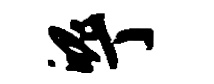
魄丁